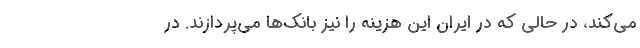
می‌کند، در حالی که در ایران این هزینه را نیز بانک‌ها می‌پردازند. در